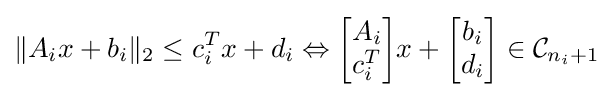
\lVert A_{i}x+b_{i}\rVert _{2}\leq c_{i}^{T}x+d_{i}\Leftrightarrow {\begin{bmatrix}A_{i}\\c_{i}^{T}\end{bmatrix}}x+{\begin{bmatrix}b_{i}\\d_{i}\end{bmatrix}}\in {\mathcal {C}}_{n_{i}+1}